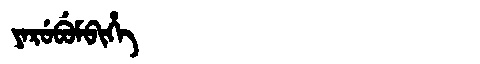
Manchu: ᠶᠠᡵᡠᠪᡠᠮᠪᡳᡥᡝ
Romanization: YARUBUMBIHE